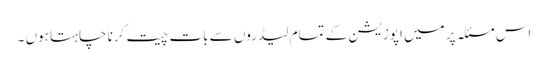
اس مسئلہ پر میں اپوزیشن کے تمام لیڈروں سے بات چیت کرنا چاہتا ہوں ۔